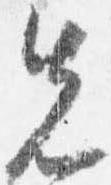
先